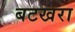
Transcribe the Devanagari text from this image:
बटखरा